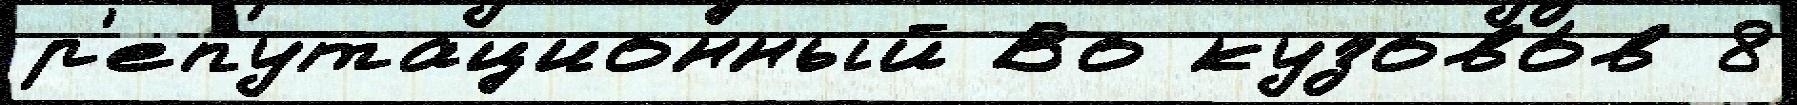
р'епутационный Во кузово́в 8